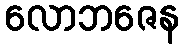
လောဘဇေန